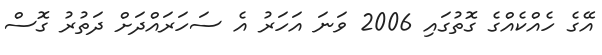
އޭގެ ހެއްކެއްގެ ގޮތުގައި 2006 ވަނަ އަހަރު އެ ސަހަރައްދަށް ދަތުރު ގޮސް